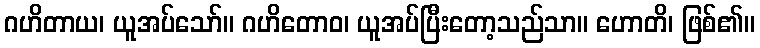
ဂဟိတာယ၊ ယူအပ်သော်။ ဂဟိတောဝ၊ ယူအပ်ပြီးတော့သည်သာ။ ဟောတိ၊ ဖြစ်၏။